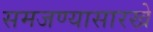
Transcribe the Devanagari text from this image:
समजण्यासारखे